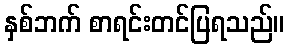
နှစ်ဘက် စာရင်းတင်ပြရသည်။